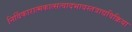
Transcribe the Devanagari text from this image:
निर्विकारात्मकात्सत्वादभावस्तत्राद्यविक्रिया